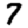
Digit: 7